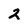
Character: 2